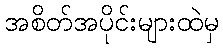
အစိတ်အပိုင်းများထဲမှ